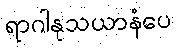
ရာဂါနုသယာနံပေ